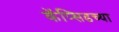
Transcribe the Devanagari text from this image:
कॅप्सिडच्या